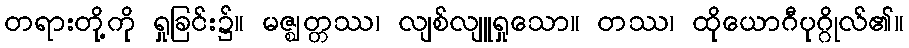
တရားတို့ကို ရှုခြင်း၌။ မဇ္ဈတ္တဿ၊ လျစ်လျူရှုသော။ တဿ၊ ထိုယောဂီပုဂ္ဂိုလ်၏။